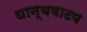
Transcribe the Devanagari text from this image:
धान्यवाटप